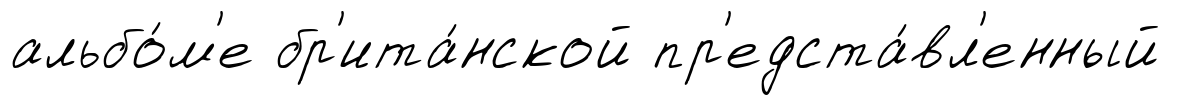
альбо́м'е бр'ита́нской пр'едста́вл'енный